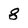
Character: 8